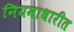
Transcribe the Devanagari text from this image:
नियमाधारीत